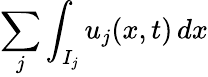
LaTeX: \sum_{j}\int_{I_{j}}u_{j}(x,t)\mathop{dx}